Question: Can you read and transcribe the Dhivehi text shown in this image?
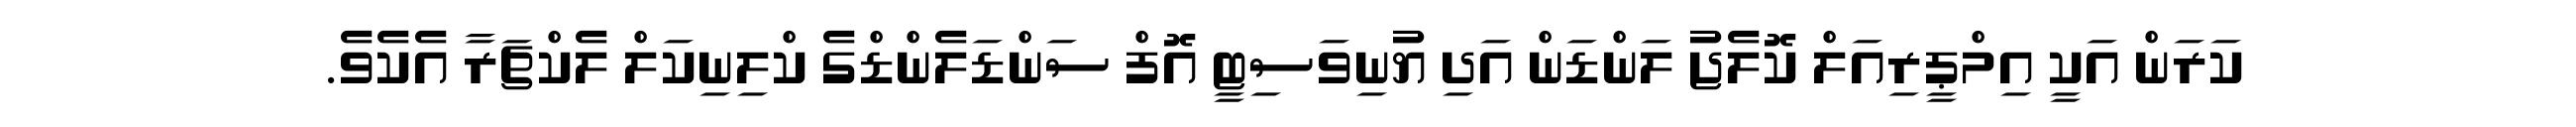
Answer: ކަރަން އަކީ އިމްޕީރިއަލް ކޮލެޖު ލަންޑަން އަދި ޔުނިވަސިޓީ އޮފް ސަންޑަލެންޑްގެ ކްލިނިކަލް ލެކްޗަރާ އެކެވެ.